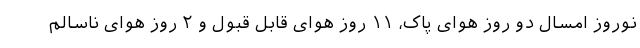
نوروز امسال دو روز هوای پاک، ۱۱ روز هوای قابل قبول و ۲ روز هوای ناسالم